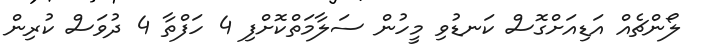
ލޯންޗެއް އަޑިއަށްގޮސް ކަނޑުވި މީހުން ސަލާމަތްކޮށްފި 4 ހަފްތާ 4 ދުވަސް ކުރިން